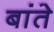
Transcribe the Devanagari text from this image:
बांते